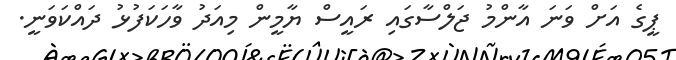
ޕީގެ އަށް ވަނަ އާންމު ޖަލްސާގައި ރައީސް ޔާމީން މިއަދު ވާހަކަފުޅު ދައްކަވަނީ.